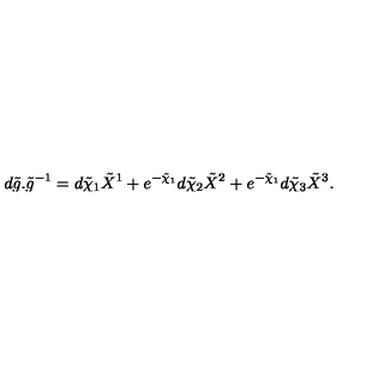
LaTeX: d \tilde { g } . { \tilde { g } } ^ { - 1 } = d \tilde { \chi } _ { 1 } \tilde { X } ^ { 1 } + e ^ { - \tilde { \chi } _ { 1 } } d \tilde { \chi } _ { 2 } \tilde { X } ^ { 2 } + e ^ { - \tilde { \chi } _ { 1 } } d \tilde { \chi } _ { 3 } \tilde { X } ^ { 3 } .